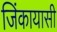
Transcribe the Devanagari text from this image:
जिंकायासी